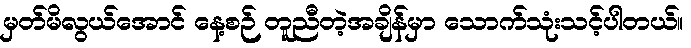
မှတ်မိလွယ်အောင် နေ့စဉ် တူညီတဲ့အချိန်မှာ သောက်သုံးသင့်ပါတယ်။